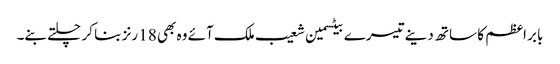
بابر اعظم کا ساتھ دینے تیسرے بیٹسمین شعیب ملک آئے وہ بھی 18 رنز بنا کر چلتے بنے۔